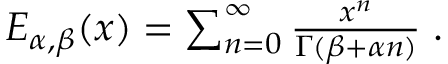
\begin{array} { r } { E _ { \alpha , \beta } ( x ) = \sum _ { n = 0 } ^ { \infty } \frac { x ^ { n } } { \Gamma ( \beta + \alpha n ) } \; . } \end{array}